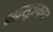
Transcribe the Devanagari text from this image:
ब्रह्मसूत्रकार